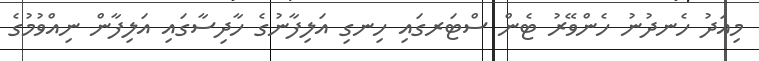
މިއަދު ހެނދުނު ހެންވޭރު ޓެން ސްޓަރގައި ހިނގި އަލިފާނުގެ ހާދިސާގައި އަލިފާން ނިއްވުމުގެ